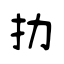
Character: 劧